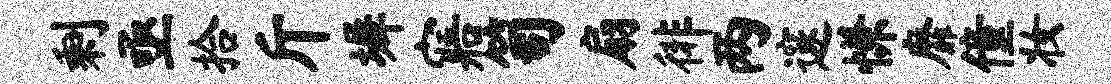
剩亟拾斤墀寤笥扇徘两邃慊靡僮妆